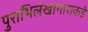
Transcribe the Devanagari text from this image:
पुराभिलेखागाराकडे